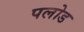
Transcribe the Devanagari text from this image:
पलोड